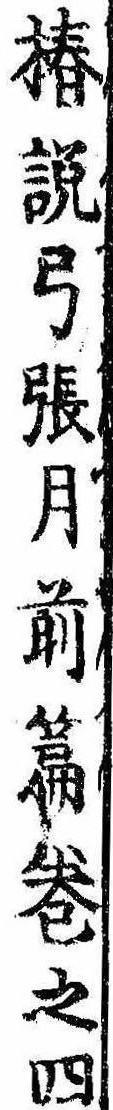
椿説弓張月前篇巻之四